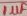
Text: 1µF